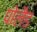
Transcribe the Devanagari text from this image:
पोलैड